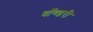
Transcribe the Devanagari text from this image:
बॉण्डरी